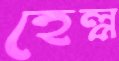
হেল্প